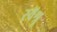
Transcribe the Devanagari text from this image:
स्वॅश्रू